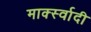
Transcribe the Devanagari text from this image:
मार्क्स्वादी